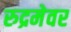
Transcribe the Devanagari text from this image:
रुद्रमेवर